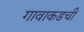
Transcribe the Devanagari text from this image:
गावाकडची